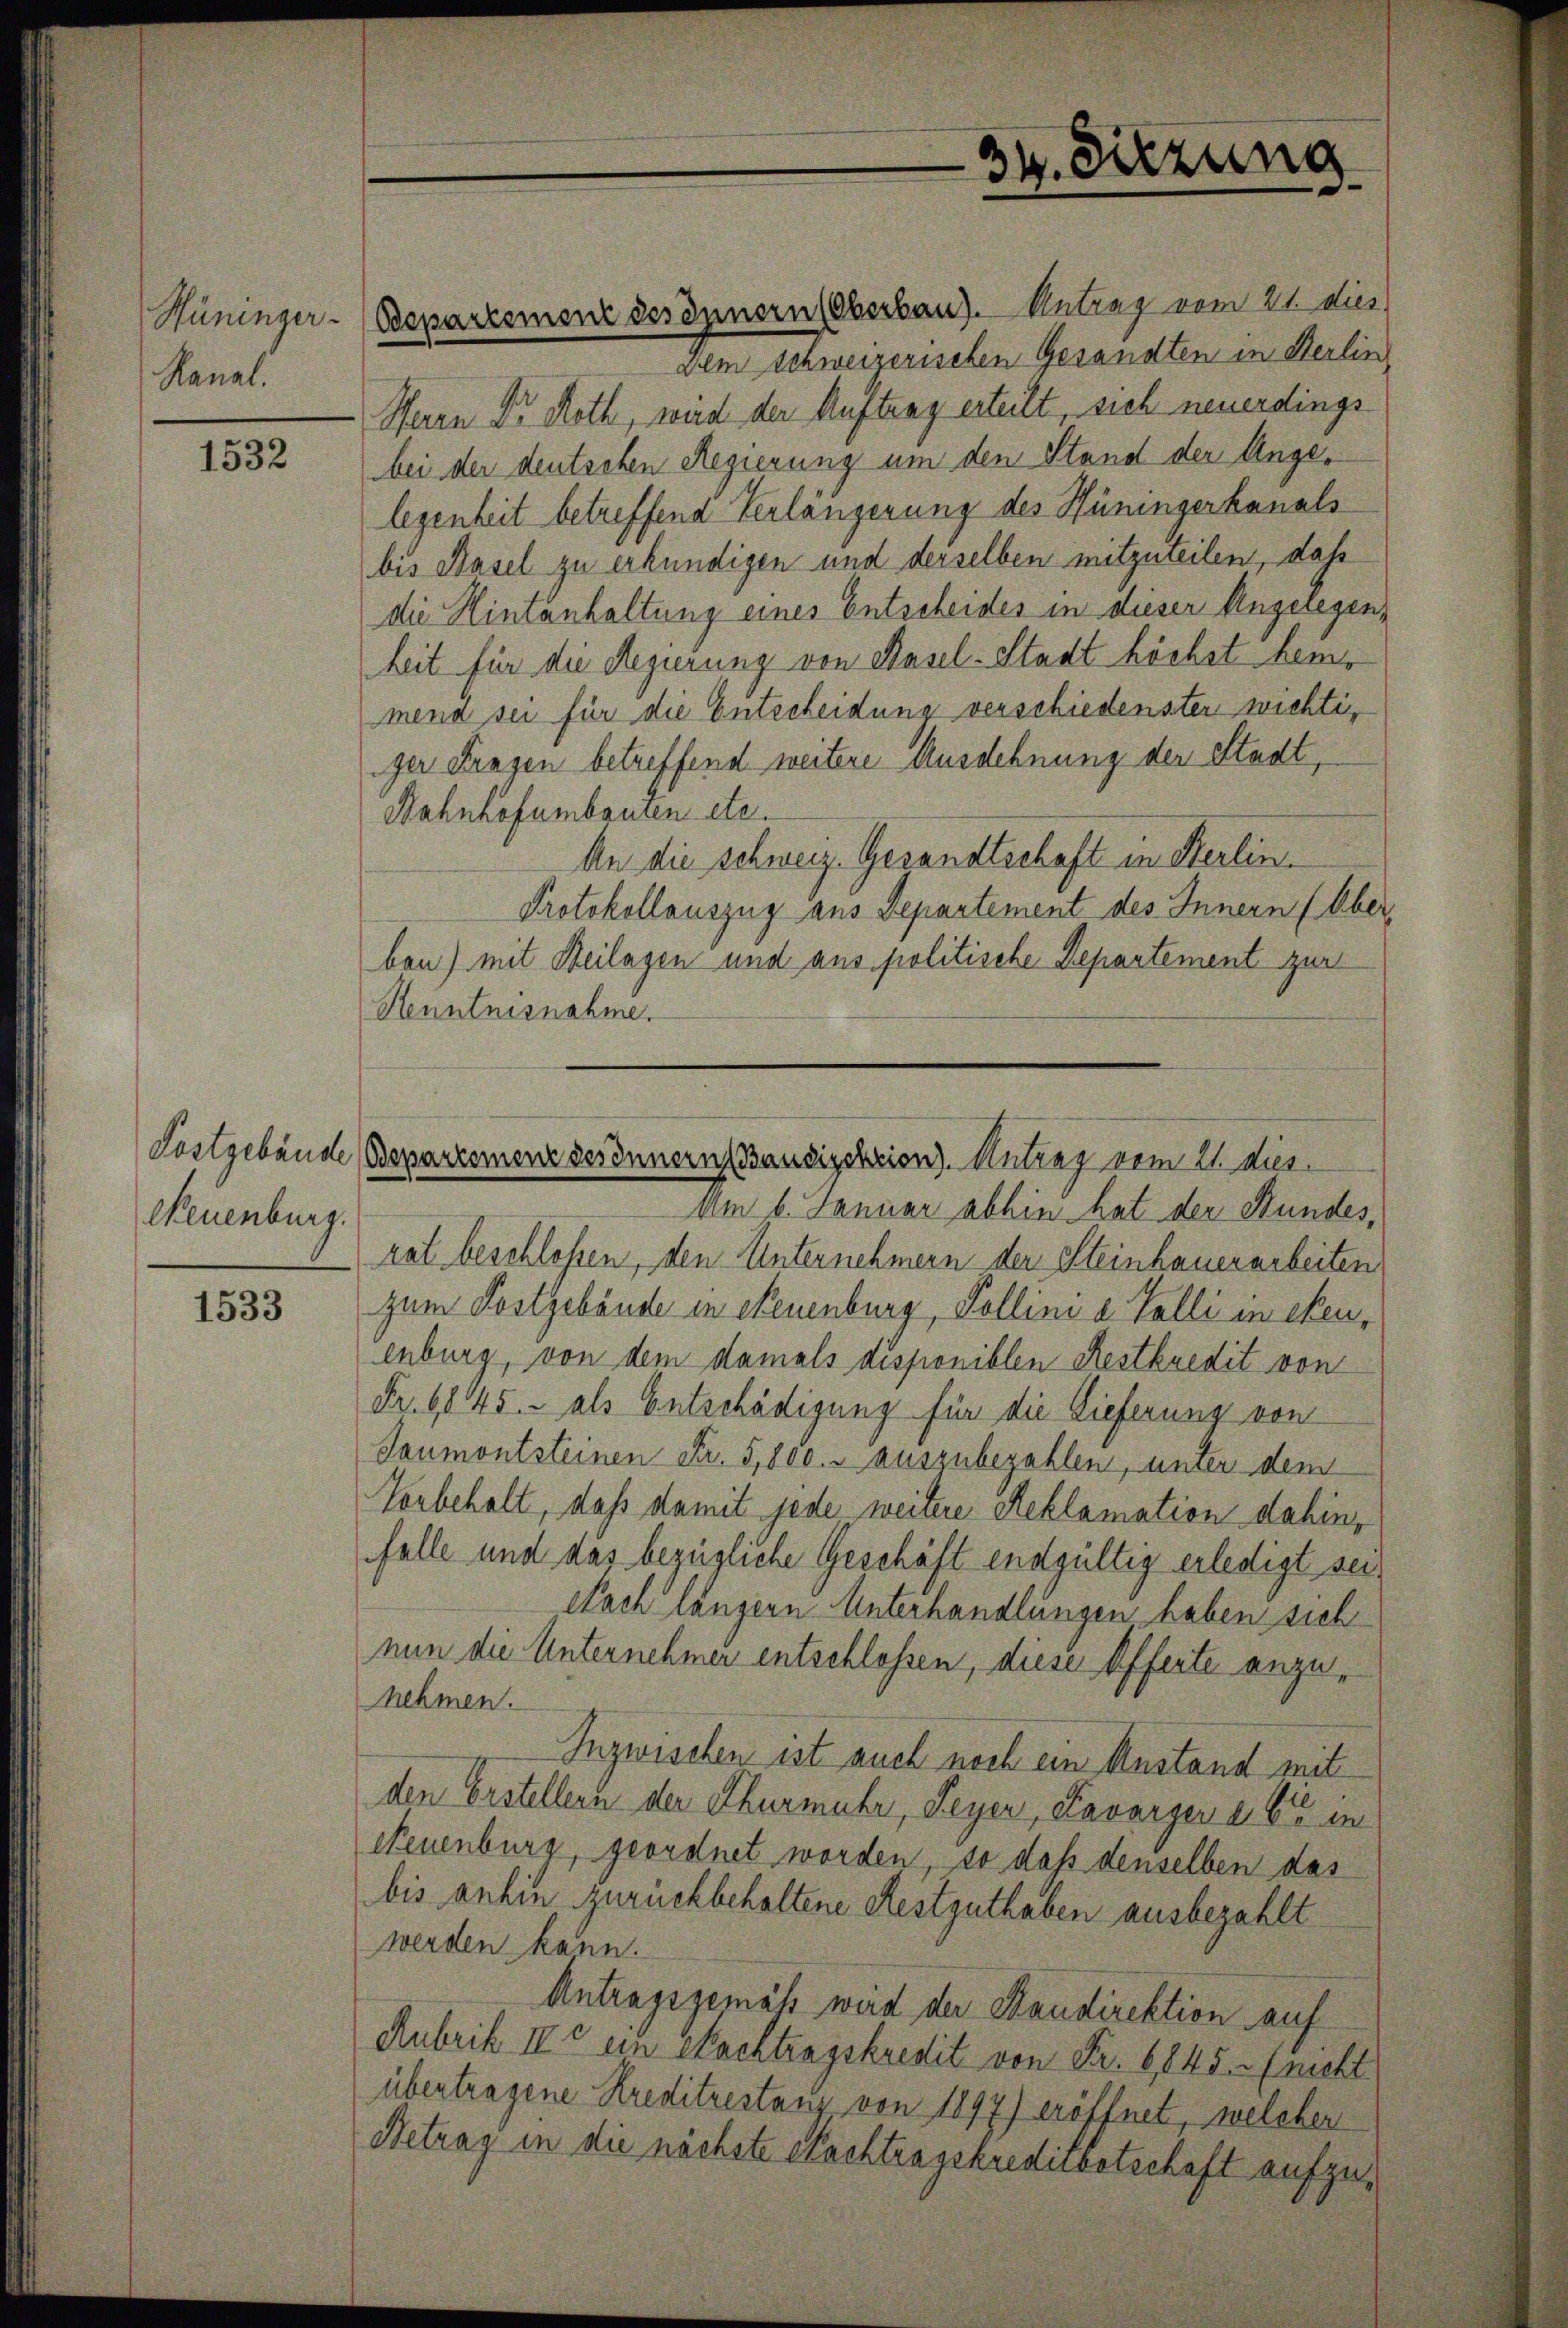
Hüninger.
Kanal.

1532

Departement des Innern (Oberbau). Antrag vom 21. Die
Dem schweizerischen Gesandten in Berlin,
Herrn Dr. Roth, wird der Auftrag erteilt, sich neuerdings
bei der deutschen Regierung um den Stand der Angelegenheit betreffend Verlängerung des Hüningerkanals
bis Basel zu erkundigen und derselben mitzuteilen, daß
die Hintanhaltung eines Entscheides in dieser Angelegenheit für die Regierung von Basel-Stadt höchst demmena sei für die Entscheidung verschiedenster wichtiger Fragen betreffend weitere Ausdehnung der Stadt,
Bahnhofumbauten etc.
An die schweiz. Gesandtschaft in Sterlin.
Protokollauszug aus Departement des Innern (Ober
ben) mit Beilagen und aus politische Departement zur
Henntnisnahme.

Neuenburg.

1533

34. Diezung

Fostgebäude (Bepartement des Innern Bandischeion). Antrag vom 21. Dies

Am 6. Januar abhin hat der Stundes,
rat beschlossen, den Unternehmern der Steinhauerarbeiten
zum Kostgebäude in Neuenburg, Pollini a. Volli in ehenenburg, von dem damals disponiblen Restkredit von
Fr. 6845. - als Entschädigung für die Lieferung von
Saumontsteinen Fr. 5,800.- auszubezahlen, unter dem
Vorbehalt, daß damit jede weitere Reklamation dahin,
falle und das bezügliche Geschäft endgültig erledigt sei¬
Nach längern Unterhandlungen haben sich
nun die Unternehmer entschlossen, diese Offerte anzunehmen.
Inzwischen ist auch noch ein Anstand mit
den Erstellern der Thurmuhr, Feyer, Lavarger a 6 in
Neuenburg, geordnet worden, so daß denselben das
bis anhin zurückbehaltene Restguthaben ausbezahlt
werden kann.
Antragsgemäß wird der Staudirektion auf
Rubrik II ein Nachtragskredit von Fr. 6,845. (nicht
übertragene Kreditrestanz von 1897) eröffnet, welcher
Betrag in die nächste Nachtragskredissotschaft aufzu¬